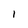
Character: l